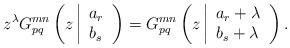
LaTeX: \begin{align*}z^{\lambda }G_{pq}^{mn}\left( z\left|\begin{array}{l}a_{r} \\b_{s}\end{array}\right. \right) =G_{pq}^{mn}\left( z\left|\begin{array}{l}a_{r}+\lambda \\b_{s}+\lambda\end{array}\right. \right) . \end{align*}